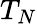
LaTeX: T_{N}